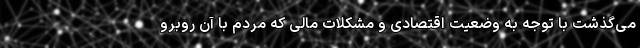
می‌گذشت با توجه به وضعیت اقتصادی و مشکلات مالی که مردم با آن روبرو